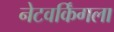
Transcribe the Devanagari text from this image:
नेटवर्किंगला